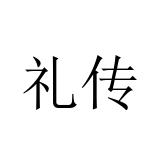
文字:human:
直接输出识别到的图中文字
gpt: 礼传